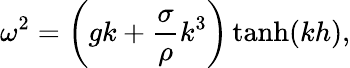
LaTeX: \omega^{2}=\left(gk+{\frac{\sigma}{\rho}}k^{3}\right)\operatorname{tanh}(kh),